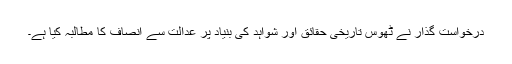
درخواست گذار نے ٹھوس تاریخی حقائق اور شواہد کی بنیاد پر عدالت سے انصاف کا مطالبہ کیا ہے۔